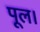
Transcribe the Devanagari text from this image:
पूल।